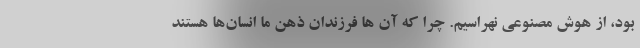
بود، از هوش مصنوعی نهراسیم. چرا که آن ها فرزندان ذهن ما انسان‌ها هستند